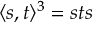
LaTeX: \langle s , t \rangle ^ { 3 } = s t s